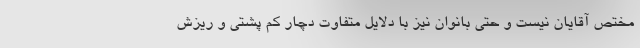
مختص آقایان نیست و حتی بانوان نیز با دلایل متفاوت دچار کم پشتی و ریزش